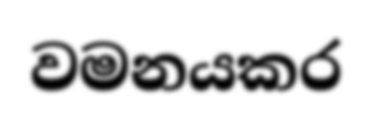
වමනයකර